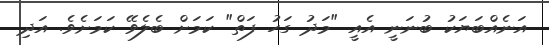
އަނެއްބަޔަކު ބުނަނީ އެއީ "މަދު ގަހު ފަތް" ކަމަށް ބެލެވޭ ކަމަށެވެ. އަދި